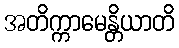
အတိက္ကာမေန္တိယာတိ